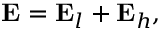
{ \bf E } = { \bf E } _ { l } + { \bf E } _ { h } ,